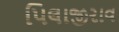
પિલાજીરાવ